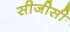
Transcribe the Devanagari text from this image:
सीजीसी